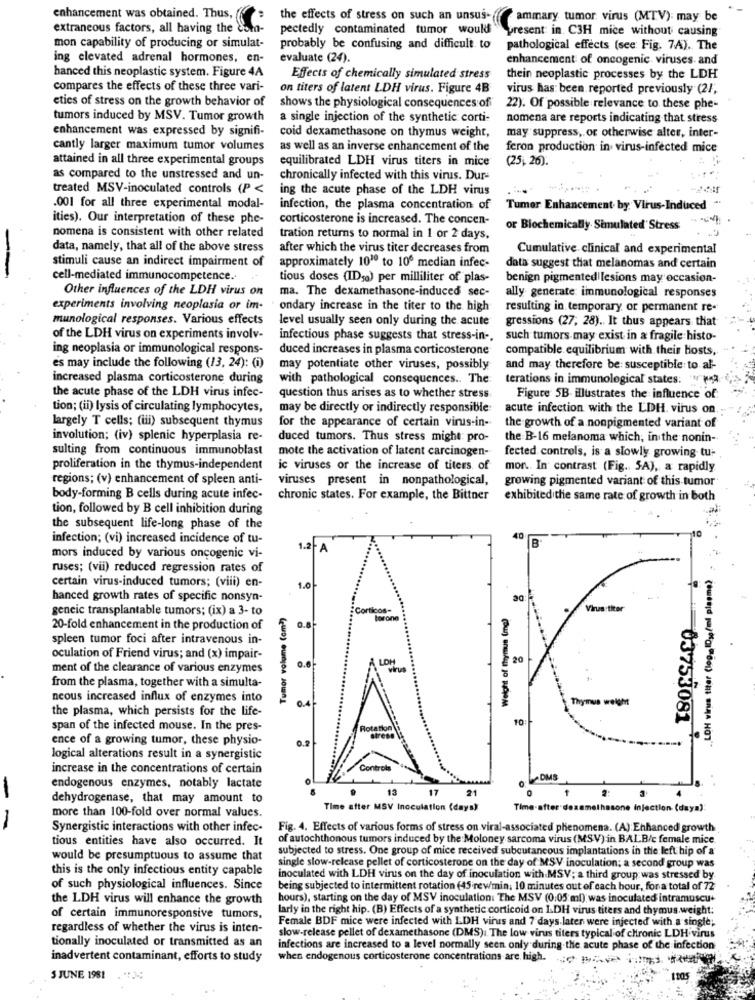
enhancement was obtained. Thus,
the effects of stress on such an unsus-
ammary tumor virus (MTV): may be
extraneous factors, all having the ds
pectedly contaminated tumor would
present in C3H mice without causing
mon capability of producing or simulat-
probably be confusing and difficult to
pathological effects (see Fig. 74). The
ing elevated adrenal hormones, en-
evaluate (24).
enhancement of oncogenic viruses and
hanced this neoplastic system. Figure 4A
Effects of chemically simulated stress
thein neoplastic processes by the LDH
compares the effects of these three vari-
on titers of latent LDH virus. Figure 4B
virus has been reported previously (2/,
eties of stress on the growth behavior of
shows the physiological consequences of
22). Of possible relevance to these phe-
tumors induced by MSV. Tumor growth
a single injection of the synthetic corti-
nomena are reports indicating that stress
enhancement was expressed by signifi-
coid dexamethasone on thymus weight,
may suppress, or otherwise alter, inter-
cantly larger maximum tumor volumes
as well as an inverse enhancement of the
feron production in virus-infected mice
attained in all three experimental groups
equilibrated LDH virus titers in mice
(25, 26).
as compared to the unstressed and un-
chronically infected with this virus. Dur-
treated MSV-inoculated controls (P <
ing the acute phase of the LDH virus
.001 for all three experimental modal-
infection, the plasma concentration of
Tumor Enhancement by Virus-Induced
ities). Our interpretation of these phe-
corticosterone is increased. The concen-
nomena is consistent with other related
or Biochemically Simulated' Stress
tration returns to normal in 1 or 2 days,
data, namely, that all of the above stress
after which the virus titer decreases from
Cumulative clinical and experimental
stimuli cause an indirect impairment of
approximately 1010 to 10º median infec-
data suggest that melanomas and certain
cell-mediated immunocompetence.
tious doses (IDsa) per milliliter of plas-
benign pigmented lesions may occasion-
Other influences of the LDH virus on
ma. The dexamethasone-induced sec-
ally generate immunological responses
experiments involving neoplasia or im-
ondary increase in the titer to the high
resulting in temporary or permanent re-
munological responses. Various effects
level usually seen only during the acute
gressions (27, 28). It thus appears that
of the LDH virus on experiments involv-
infectious phase suggests that stress-in -.
such tumors may exist in a fragile histo-
ing neoplasia or immunological respons-
duced increases in plasma corticosterone
compatible equilibrium with their hosts,
es may include the following (13, 24): (i)
may potentiate other viruses, possibly
and may therefore be: susceptible to al-
increased plasma corticosterone during
with pathological consequences .. The
terations in immunological states:
the acute phase of the LDH virus infec-
question thus arises as to whether stress
Figure 5B. illustrates the influence of
tion; (ii) lysis of circulating lymphocytes,
may be directly or indirectly responsible
acute infection with the LDH. virus on.
largely T cells; (iii) subsequent thymus
for the appearance of certain virus-in-
the growth of a nonpigmented variant of
involution; (iv) splenic hyperplasia re-
duced tumors. Thus stress might: pro-
the B-16 melanoma which, in the nonin-
sulting from continuous immunoblast
mote the activation of latent carcinogen-
fected controls, is a slowly growing tu-
proliferation in the thymus-independent
ic viruses or the increase of titers of
mon .. In contrast (Fig. SA), a rapidly
regions; (v) enhancement of spleen anti-
viruses present in nonpathological,
growing pigmented variant of this tumor
body-forming B cells during acute infec-
chronic states. For example, the Bittner
exhibited the same rate of growth in both
tion, followed by B cell inhibition during
the subsequent life-long phase of the
infection; (vi) increased incidence of tu-
40
B
1.2-
mors induced by various oncogenic vi-
ruses; (vii) reduced regression rates of
., LOH virus titer (log, IDjo/ml plasme)
certain virus-induced tumors; (viii) en-
1.0
hanced growth rates of specific nonsyn-
geneic transplantable tumors; (ix) a 3- to
Tumor volume (cm))
:Corticos-
Weight of thymus (mg)
Virus titer
torono
20-fold enhancement in the production of
0.8
spleen tumor foci after intravenous in-
oculation of Friend virus; and (x) impair-
LOH
20
ment of the clearance of various enzymes
0.6
virus
from the plasma, together with a simulta-
neous increased influx of enzymes into
0,4
the plasma, which persists for the life-
Thymus weight
10 :-
03753081
span of the infected mouse. In the pres-
station
ence of a growing tumor, these physio-
02
logical alterations result in a synergistic
increase in the concentrations of certain
DMS
endogenous enzymes, notably lactate
13
17
21
dehydrogenase, that may amount to
Time after MSV Inoculation (days)
Time-after dexamethe
ssone injection (daya):
more than 100-fold over normal values.
-
Synergistic interactions with other infec-
Fig. 4. Effects of various forms of stress on viral-associated phenomena. (A): Enhanced growth
tious entities have also occurred. It
of autochthonous tumors induced by the Moloney sarcoma virus (MSV) in BALB/c female mice.
subjected to stress. One group of mice received subcutaneous implantations in the left hip of a
would be presumptuous to assume that
this is the only infectious entity capable
single slow-release pellet of corticosterone on the day of MSV inoculation; a second group was
inoculated with LDH virus on the day of inoculation with MSV; a third group was stressed by.
of such physiological influences. Since
being subjected to intermittent rotation (45 rewmin; 10 minutes out of cach hour, for a total of 72
the LDH virus will enhance the growth
hours), starting on the day of MSV inoculation: The MSV (0:05 ml); was inoculated intramuscu+
larly in the right hip. (B) Effects of a synthetic corticoid on LDH virus titers and thymus.weight:
of certain immunoresponsive tumors,
Female BDF mice were infected with LDH virus and 7 days later were injected with a single;
regardless of whether the virus is inten-
tionally inoculated or transmitted as an
slow-release pellet of dexamethasone (DMS). The low virus titers typical of chronic LDH virus
infections are increased to a level normally seen only during the acute phase of the infection
inadvertent contaminant, efforts to study
when endogenous corticosterone concentrations are high.
5 JUNE 1981 .");